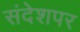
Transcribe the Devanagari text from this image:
संदेशपर